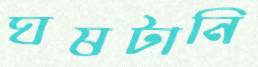
ঘষটানি